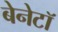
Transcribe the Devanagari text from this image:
बेनेटॉ